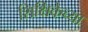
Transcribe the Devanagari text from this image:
शिक्षिकेच्या